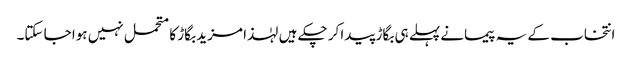
انتخاب کے یہ پیمانے پہلے ہی بگاڑ پیدا کر چکے ہیں لہٰذا مزید بگاڑ کا متحمل نہیں ہوا جا سکتا۔